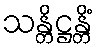
သန္တိဋ္ဌန္တိံ